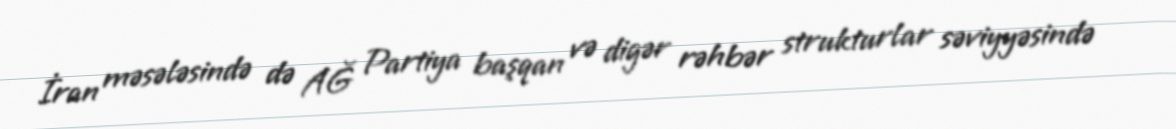
İran məsələsində də AĞ Partiya başqan və digər rəhbər strukturlar səviyyəsində